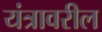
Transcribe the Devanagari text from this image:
यंत्रावरील